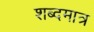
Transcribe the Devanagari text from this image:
शब्दमात्र